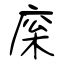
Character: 庺